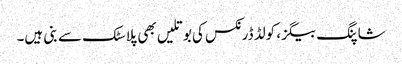
شاپنگ بیگز، کولڈ ڈرنکس کی بوتلیں بھی پلاسٹک سے بنی ہیں۔